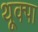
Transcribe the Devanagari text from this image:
थूक्‍पा